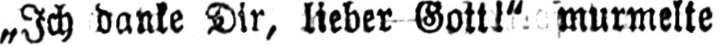
„Ich danke Dir, lieber Gott“ murmelte